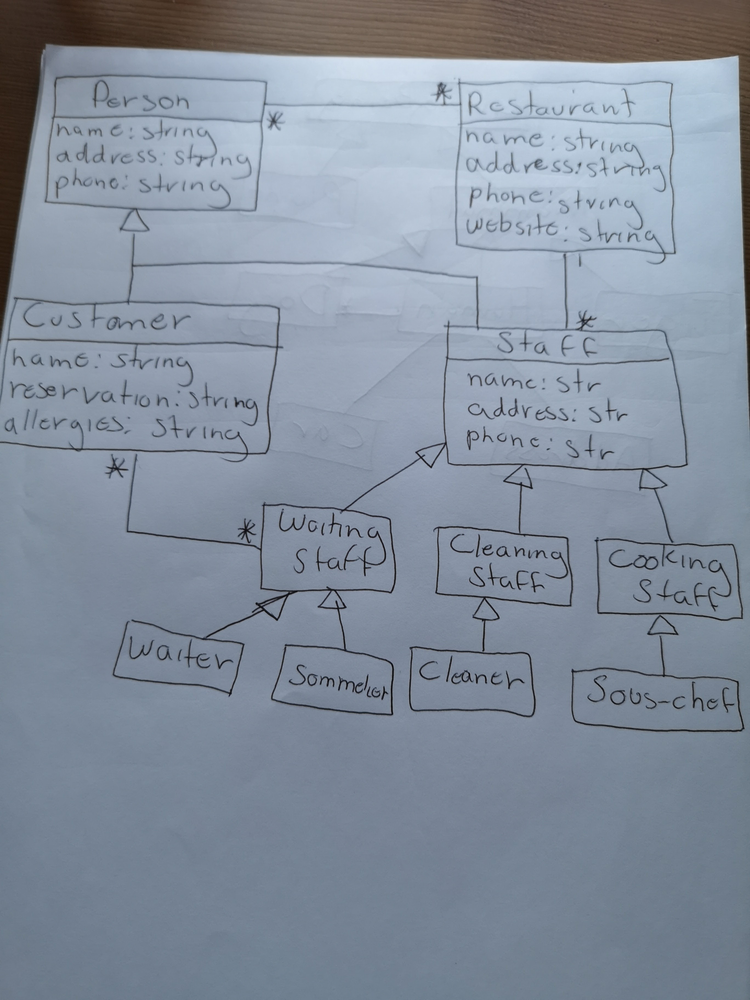
Diagram type: class_diagram
```plantuml
@startuml

class Person {
  name: string
  address: string
  phone: string
}

class Customer extends Person {
  name: string
  reservation: string
  allergies: string
}

class Staff extends Person {
  name: str
  address: str
  phone: str
}

class WaitingStaff extends Staff

class Waiter extends WaitingStaff

class Sommelier extends WaitingStaff

class CleaningStaff extends Staff

class Cleaner extends CleaningStaff

class CookingStaff extends Staff

class "Sous-chef" extends CookingStaff

class Restaurant {
  name: string
  address: string
  phone: string
  website: string
}

Restaurant "*" -- "*" Person
Restaurant "1" -- "*" Staff

Customer "*" -- "*" WaitingStaff

@enduml
```